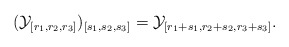
\begin{align*}({\cal Y}_{[r_{1}, r_{2}, r_{3}]})_{[s_{1}, s_{2}, s_{3}]}={\cal Y}_{[r_{1}+s_{1}, r_{2}+s_{2}, r_{3}+s_{3}]}.\end{align*}